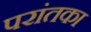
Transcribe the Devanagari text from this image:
परांतका